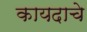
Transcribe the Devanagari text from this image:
कायदाचे